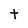
Character: t